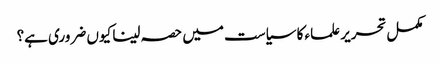
مکمل تحریر علماء کا سیاست میں حصہ لینا کیوں ضروری ہے؟